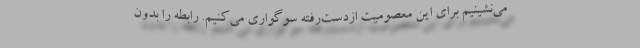
می‌نشینیم برای این معصومیت ازدست‌رفته سوگواری می‌کنیم. رابطه را بدون